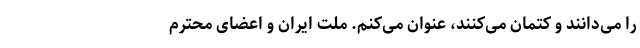
را می‌دانند و کتمان می‌کنند، عنوان می‌کنم. ملت ایران و اعضای محترم